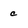
Character: c